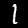
Label: 1